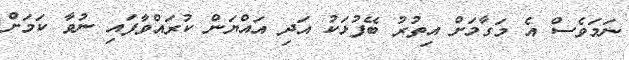
ނަމަވެސް އެ މަގާމަށް އިތުރު ބޭފުޅަކު އަދި އައްޔަން ކުރައްވާފައި ނުވާ ކަމަށް